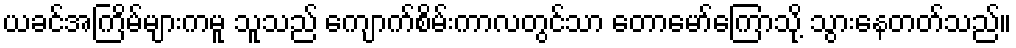
ယခင်အကြိမ်များကမူ သူသည် ကျောက်စိမ်းကာလတွင်သာ တောမော်ကြောသို့ သွားနေတတ်သည်။